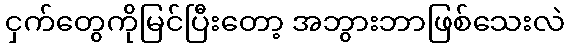
ငှက်တွေကိုမြင်ပြီးတော့ အဘွားဘာဖြစ်သေးလဲ